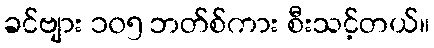
ခင်ဗျား ၁၀၅ ဘတ်စ်ကား စီးသင့်တယ်။